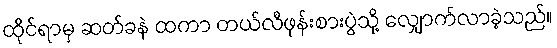
ထိုင်ရာမှ ဆတ်ခနဲ ထကာ တယ်လီဖုန်းစားပွဲသို့ လျှောက်လာခဲ့သည်။